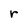
Character: r